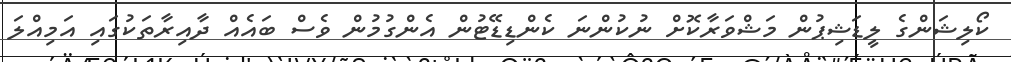
ކޯލިޝަންގެ ލީޑަޝިޕުން މަޝްވަރާކޮށް ނުކުންނަ ކެންޑިޑޭޓުން އެންގުމުން ވެސް ބައެއް ދާއިރާތަކުގައި އަމިއްލަ